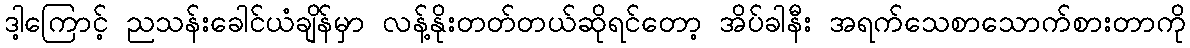
ဒါ့ကြောင့် ညသန်းခေါင်ယံချိန်မှာ လန့်နိုးတတ်တယ်ဆိုရင်တော့ အိပ်ခါနီး အရက်သေစာသောက်စားတာကို